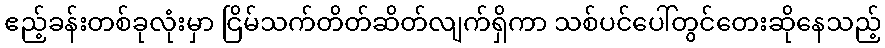
ဧည့်ခန်းတစ်ခုလုံးမှာ ငြိမ်သက်တိတ်ဆိတ်လျက်ရှိကာ သစ်ပင်ပေါ်တွင်တေးဆိုနေသည့်